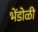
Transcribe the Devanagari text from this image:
भेंडोळी